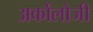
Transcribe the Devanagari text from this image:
अर्कोलोजी